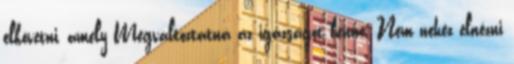
elkövetni, amely Megváltoztatná az igazságot benne. Nem nehéz elnézni